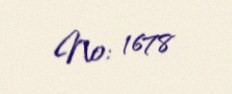
№: 1678